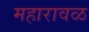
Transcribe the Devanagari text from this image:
महारावळ